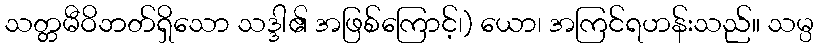
သတ္တမီဝိဘတ်ရှိသော သဒ္ဒါ၏ အဖြစ်ကြောင့်၊) ယော၊ အကြင်ရဟန်းသည်။ သမ္ပ